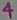
Text: 4